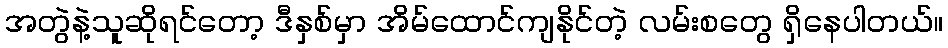
အတွဲနဲ့သူဆိုရင်တော့ ဒီနှစ်မှာ အိမ်ထောင်ကျနိုင်တဲ့ လမ်းစတွေ ရှိနေပါတယ်။